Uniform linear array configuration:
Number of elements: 24
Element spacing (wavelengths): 1
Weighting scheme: blackman
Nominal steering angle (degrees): -45
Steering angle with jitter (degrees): -43.675
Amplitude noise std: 0.05
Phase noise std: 0.05

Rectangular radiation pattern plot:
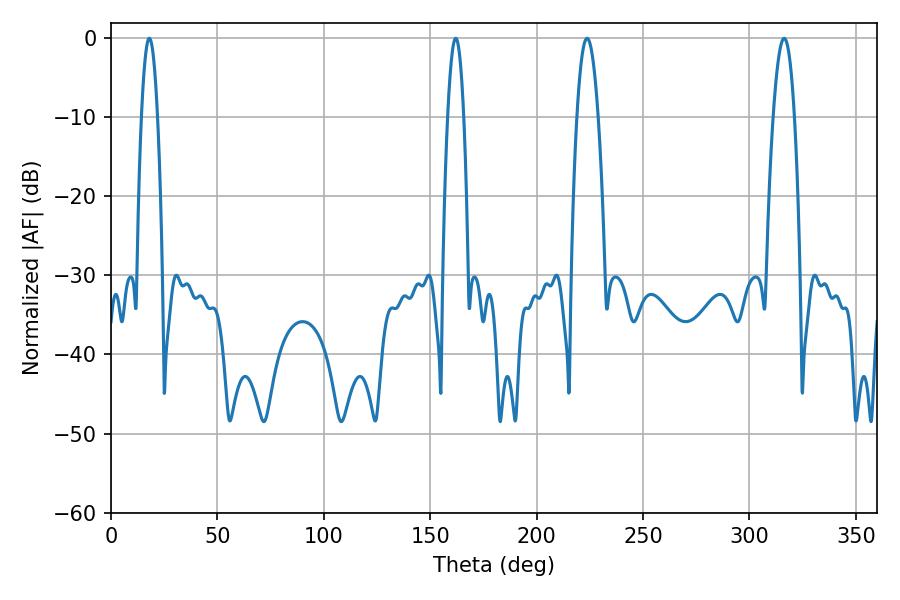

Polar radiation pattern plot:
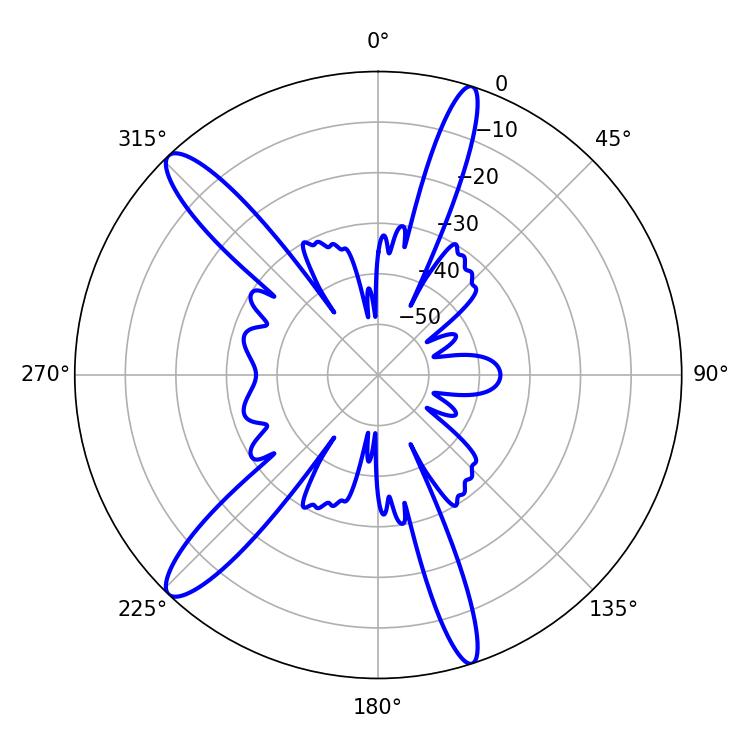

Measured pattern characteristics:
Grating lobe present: TRUE
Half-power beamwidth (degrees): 4.14
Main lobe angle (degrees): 18